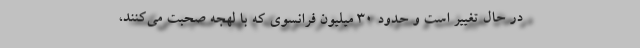
در حال تغییر است و حدود ۳۰ میلیون فرانسوی که با لهجه صحبت می‌کنند،